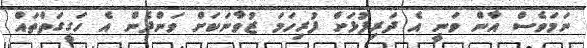
ނަމަވެސް އާން ވަނީ އެ ދަރިފުޅަށް ފުރިހަމަ ޒުވާނަކަށް ވަންދެން އެ ހަގީގަތްތައް